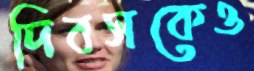
দিবসকেও